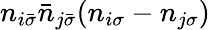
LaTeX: n_{i\bar{\sigma}}\bar{n}_{j\bar{\sigma}}(n_{i\sigma}-n_{j\sigma})